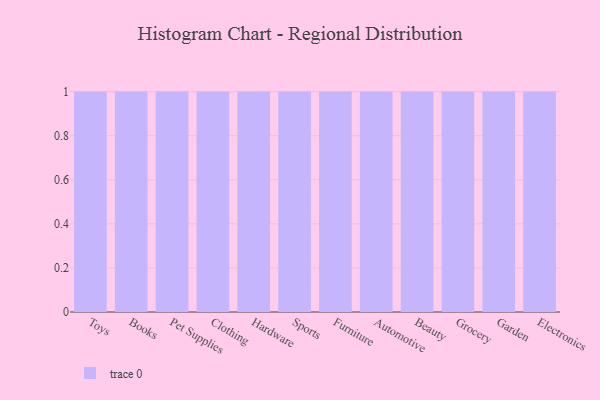
{"axis": {"x": "Category", "y": "Bounce Rate (%)"}, "legend": [""], "data": [{"x": "Toys", "y": 35, "type": ""}, {"x": "Books", "y": 85, "type": ""}, {"x": "Pet Supplies", "y": 3, "type": ""}, {"x": "Clothing", "y": 27, "type": ""}, {"x": "Hardware", "y": 24, "type": ""}, {"x": "Sports", "y": 19, "type": ""}, {"x": "Furniture", "y": 33, "type": ""}, {"x": "Automotive", "y": 90, "type": ""}, {"x": "Beauty", "y": 39, "type": ""}, {"x": "Grocery", "y": 33, "type": ""}, {"x": "Garden", "y": 38, "type": ""}, {"x": "Electronics", "y": 52, "type": ""}]}